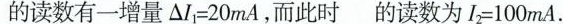
的读数有一增量$$△ I _ { 1 } = 2 0 m A$$，而此时的读数为$$I _ { 2 } = 1 0 0 m A$$.